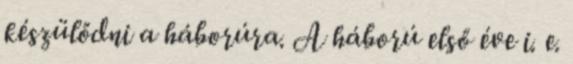
készülődni a háborúra. A háború első éve i. e.